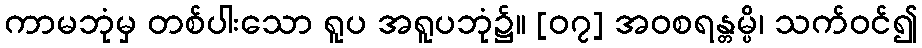
ကာမဘုံမှ တစ်ပါးသော ရူပ အရူပဘုံ၌။ [၀၇] အဝစရန္တမ္ပိ၊ သက်ဝင်၍